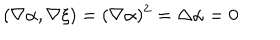
( \nabla \alpha , \nabla \xi ) = ( \nabla \alpha ) ^ { 2 } = \Delta \alpha = 0